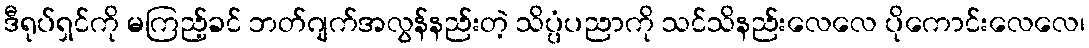
ဒီရုပ်ရှင်ကို မကြည့်ခင် ဘတ်ဂျက်အလွန်နည်းတဲ့ သိပ္ပံပညာကို သင်သိနည်းလေလေ ပိုကောင်းလေလေ၊